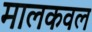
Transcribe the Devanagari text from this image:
मालकवल